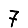
Digit: 7